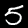
Label: 5